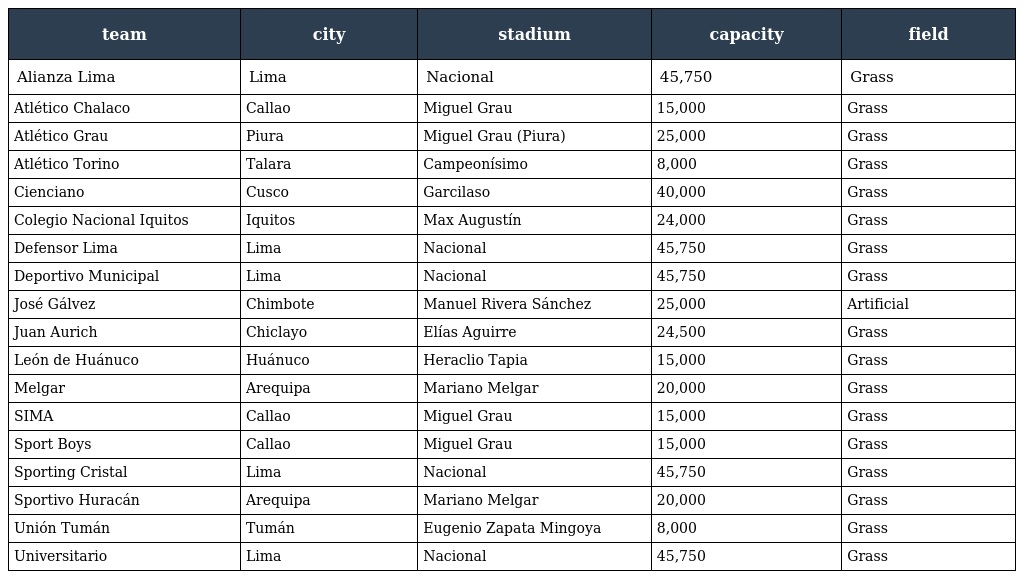
| team | city | stadium | capacity | field |
 | --- | --- | --- | --- | --- |
 | Alianza Lima | Lima | Nacional | 45,750 | Grass |
 | Atlético Chalaco | Callao | Miguel Grau | 15,000 | Grass |
 | Atlético Grau | Piura | Miguel Grau (Piura) | 25,000 | Grass |
 | Atlético Torino | Talara | Campeonísimo | 8,000 | Grass |
 | Cienciano | Cusco | Garcilaso | 40,000 | Grass |
 | Colegio Nacional Iquitos | Iquitos | Max Augustín | 24,000 | Grass |
 | Defensor Lima | Lima | Nacional | 45,750 | Grass |
 | Deportivo Municipal | Lima | Nacional | 45,750 | Grass |
 | José Gálvez | Chimbote | Manuel Rivera Sánchez | 25,000 | Artificial |
 | Juan Aurich | Chiclayo | Elías Aguirre | 24,500 | Grass |
 | León de Huánuco | Huánuco | Heraclio Tapia | 15,000 | Grass |
 | Melgar | Arequipa | Mariano Melgar | 20,000 | Grass |
 | SIMA | Callao | Miguel Grau | 15,000 | Grass |
 | Sport Boys | Callao | Miguel Grau | 15,000 | Grass |
 | Sporting Cristal | Lima | Nacional | 45,750 | Grass |
 | Sportivo Huracán | Arequipa | Mariano Melgar | 20,000 | Grass |
 | Unión Tumán | Tumán | Eugenio Zapata Mingoya | 8,000 | Grass |
 | Universitario | Lima | Nacional | 45,750 | Grass |